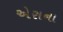
એરાના